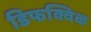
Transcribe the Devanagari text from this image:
डिफक्विक